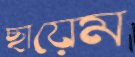
ছায়েম